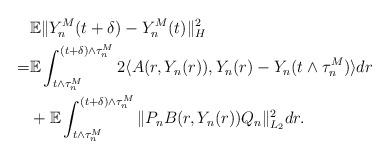
LaTeX: \begin{align*}& \mathbb{E}\Vert Y_n^M (t+\delta) - Y_n^M (t) \Vert_{H}^2 \\= & \mathbb{E}\int_{t\wedge\tau_n^M}^{(t+\delta)\wedge\tau_n^M} 2\langle A(r,Y_n(r)), Y_n(r) - Y_n(t\wedge\tau_n^M) \rangle dr \\& + \mathbb{E}\int_{t\wedge\tau_n^M}^{(t+\delta)\wedge\tau_n^M} \Vert P_n B(r,Y_n(r))Q_n \Vert_{L_2}^2 dr .\end{align*}